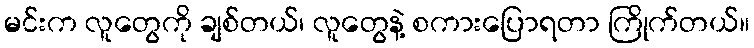
မင်းက လူတွေကို ချစ်တယ်၊ လူတွေနဲ့ စကားပြောရတာ ကြိုက်တယ်။